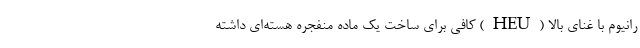
رانیوم با غنای بالا (HEU) کافی برای ساخت یک ماده منفجره هسته‌ای داشته